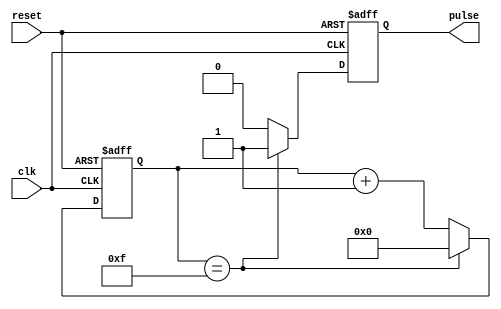
module AsynchronousPulseGenerator (
    input clk,
    input reset,
    output reg pulse
);

reg [3:0] count;

always @(posedge clk or posedge reset) begin
    if (reset) begin
        count <= 4'b0000;
        pulse <= 1'b0;
    end else begin
        if (count == 4'b1111) begin
            count <= 4'b0000;
            pulse <= 1'b1;
        end else begin
            count <= count + 1;
            pulse <= 1'b0;
        end
    end
end

endmodule